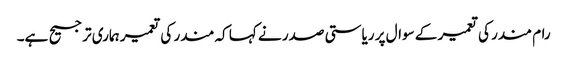
رام مندر کی تعمیر کے سوال پر ریاستی صدر نے کہا کہ مندر کی تعمیر ہماری ترجیح ہے۔